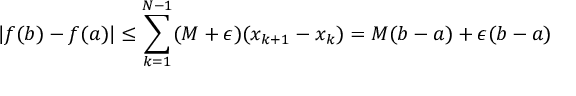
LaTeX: | f ( b ) - f ( a ) | \leq \sum _ { k = 1 } ^ { N - 1 } ( M + \epsilon ) ( x _ { k + 1 } - x _ { k } ) = M ( b - a ) + \epsilon ( b - a )